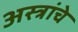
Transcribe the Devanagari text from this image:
अस्त्रांचे